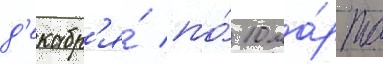
д'екабр'я́ по́ 10 ма́рта